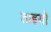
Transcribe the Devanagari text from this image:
ताइयो